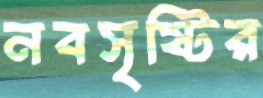
নবসৃষ্টির